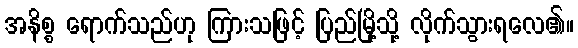
အနိစ္စ ရောက်သည်ဟု ကြားသဖြင့် ပြည်မြို့သို့ လိုက်သွားရလေ၏။